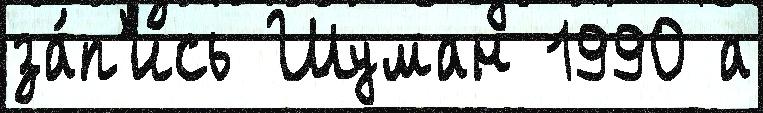
за́п'ись Шуман 1990 а